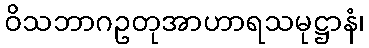
ဝိသဘာဂဥတုအာဟာရသမုဋ္ဌာနံ၊